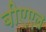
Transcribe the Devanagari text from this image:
बीएएल